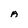
Character: A